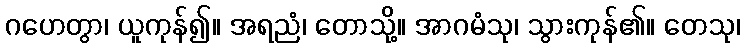
ဂဟေတွာ၊ ယူကုန်၍။ အရညံ၊ တောသို့။ အာဂမံသု၊ သွားကုန်၏။ တေသု၊